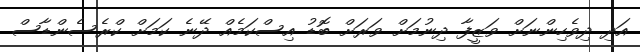
އަދި ދިވެހިންނަށް ވަޒީފާ ދިނުމަށް ވަރަށް ބޮޑު އިސްކަމެއް ދޭނެ ކަމަށް ކްރެސެންޑާސް